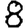
Digit: 8